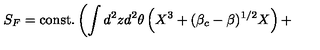
S _ { F } = \mathrm { c o n s t . } \left( \int d ^ { 2 } z d ^ { 2 } \theta \left( X ^ { 3 } + ( \beta _ { c } - \beta ) ^ { 1 / 2 } X \right) + \right. \qquad \qquad \qquad \qquad \nonumber